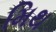
મિથ